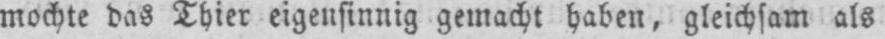
mochte das Thier eigensinnig gemacht haben, gleichsam als